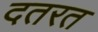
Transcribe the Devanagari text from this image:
दतरत